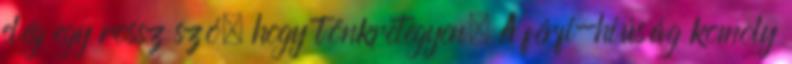
elég egy rossz szó, hogy tönkretegyen. A férfi-hiúság komoly